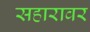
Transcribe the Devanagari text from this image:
सहारावर